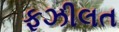
ફઝીલત